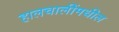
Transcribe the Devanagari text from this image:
हालचालींमधील